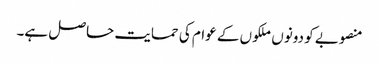
منصوبے کو دونوں ملکوں کے عوام کی حمایت حاصل ہے۔